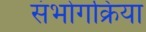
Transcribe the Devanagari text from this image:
संभोगक्रिया